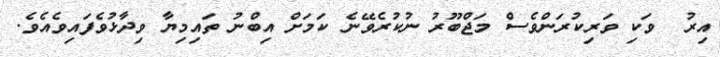
އިރު  ވަކި ވަރިކުރަންވެސް މަޖްބޫރު ނުކުރެވޭނެ ކަމަށް އިބްނު ތައިމިޔާ ވިދާޅުވެފައިވެއެވެ.